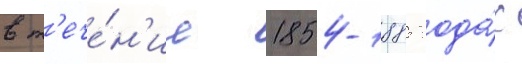
в т'ече́н'ие 1854-1885 года́х